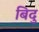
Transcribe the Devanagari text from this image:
बिदु